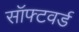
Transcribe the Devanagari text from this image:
सॉफ्टवर्ड